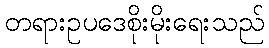
တရားဥပဒေစိုးမိုးရေးသည်